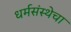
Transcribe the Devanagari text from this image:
धर्मसंस्थेचा